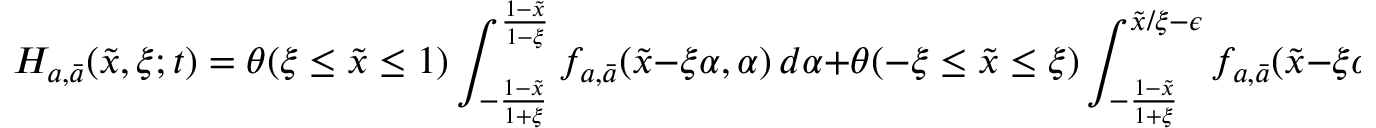
H _ { a , \bar { a } } ( \tilde { x } , \xi ; t ) = \theta ( \xi \leq \tilde { x } \leq 1 ) \int _ { - \frac { 1 - \tilde { x } } { 1 + \xi } } ^ { \frac { 1 - \tilde { x } } { 1 - \xi } } f _ { a , \bar { a } } ( \tilde { x } - \xi \alpha , \alpha ) \, d \alpha + \theta ( - \xi \leq \tilde { x } \leq \xi ) \int _ { - \frac { 1 - \tilde { x } } { 1 + \xi } } ^ { \tilde { x } / \xi - \epsilon } f _ { a , \bar { a } } ( \tilde { x } - \xi \alpha , \alpha ) \, d \alpha \, .